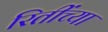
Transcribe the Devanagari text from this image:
रितींच्या